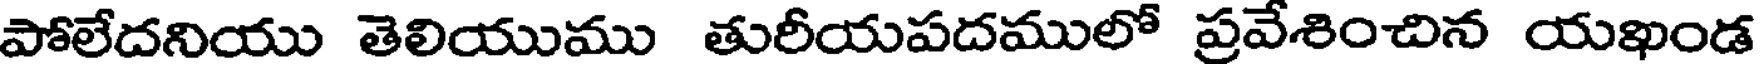
పోలేదనియు తెలియుము తురీయపదములో ప్రవేశించిన యఖండ